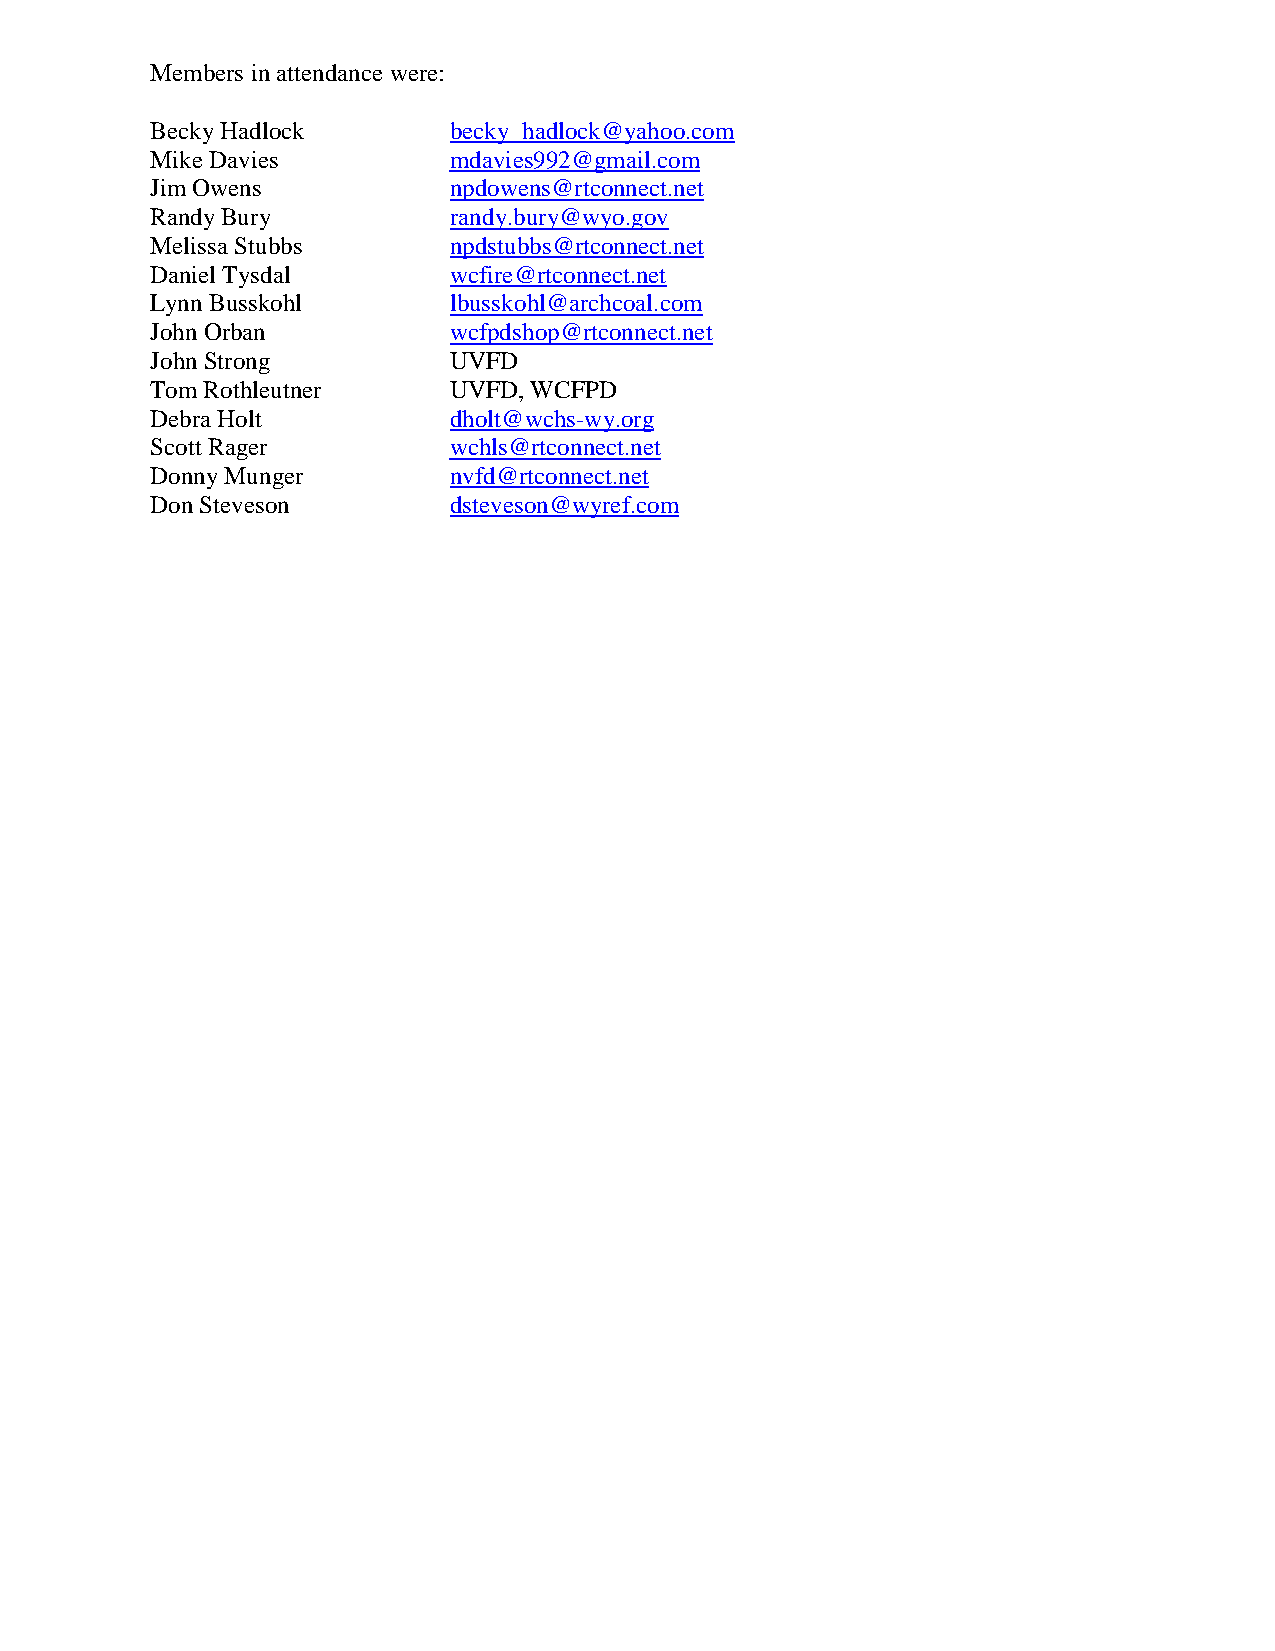
Members in attendance were:
 Becky Hadlock       becky_hadlock@yahoo.com
 Mike Davies         mdavies992@gmail.com
 Jim Owens           npdowens@rtconnect.net
 Randy Bury          randy.bury@wyo.gov
 Melissa Stubbs      npdstubbs@rtconnect.net
 Daniel Tysdal       wcfire@rtconnect.net
 Lynn Busskohl       lbusskohl@archcoal.com
 John Orban          wcfpdshop@rtconnect.net
 John Strong         UVFD
 Tom Rothleutner     UVFD, WCFPD
 Debra Holt          dholt@wchs-wy.org
 Scott Rager         wchls@rtconnect.net
 Donny Munger        nvfd@rtconnect.net
 Don Steveson        dsteveson@wyref.com